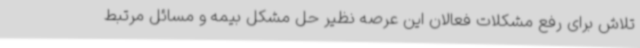
تلاش برای رفع مشکلات فعالان این عرصه نظیر حل مشکل بیمه و مسائل مرتبط